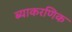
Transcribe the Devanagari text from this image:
ब्याकरणिक